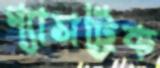
গ্যাসট্রিক